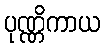
ပုဏ္ဏိကာယ